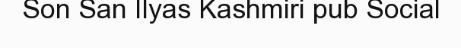
Son San Ilyas Kashmiri pub Social